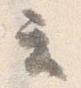
立